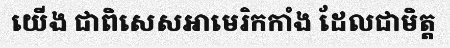
យើង ជាពិសេសអាមេរិកកាំង ដែលជាមិត្ត